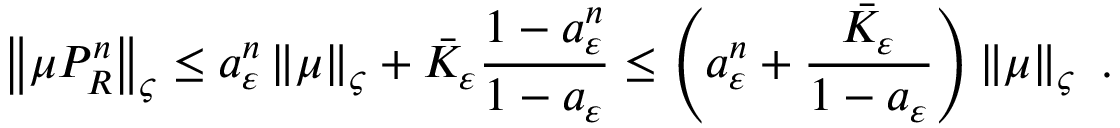
\left\Vert \mu P _ { R } ^ { n } \right\Vert _ { \varsigma } \leq a _ { \varepsilon } ^ { n } \left\Vert \mu \right\Vert _ { \varsigma } + \bar { K } _ { \varepsilon } \frac { 1 - a _ { \varepsilon } ^ { n } } { 1 - a _ { \varepsilon } } \leq \left( a _ { \varepsilon } ^ { n } + \frac { \bar { K } _ { \varepsilon } } { 1 - a _ { \varepsilon } } \right) \left\Vert \mu \right\Vert _ { \varsigma } \ .